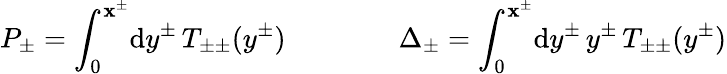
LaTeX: P_{\pm}=\int_{0}^{\mathbf{x}^{\pm}}\! \mathrm{d}y^{\pm}\, T_{\pm\pm}(y^{\pm})\qquad\qquad\Delta_{\pm}=\int_{0}^{\mathbf{x}^{\pm}}\! \mathrm{d}y^{\pm}\, y^{\pm}\, T_{\pm\pm}(y^{\pm})